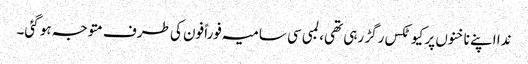
ندا اپنے ناخنوں پر کیوٹکس رگڑ رہی تھی، لمبی سی سامیہ فوراً فون کی طرف متوجہ ہو گئی۔